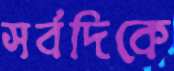
সর্বদিকে